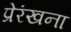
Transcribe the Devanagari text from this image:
प्रेरंखना